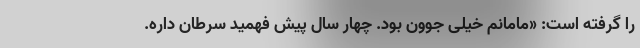
را گرفته است: «مامانم خیلی جوون بود. چهار سال پیش فهمید سرطان داره.